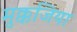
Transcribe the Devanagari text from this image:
मुक्कजिया